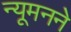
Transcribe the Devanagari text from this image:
न्यूमनने